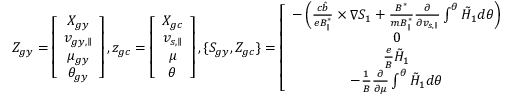
Z _ { g y } = \left[ \begin{array} { c } { X _ { g y } } \\ { v _ { g y , \parallel } } \\ { \mu _ { g y } } \\ { \theta _ { g y } } \end{array} \right] , z _ { g c } = \left[ \begin{array} { c } { X _ { g c } } \\ { v _ { s , \parallel } } \\ { \mu } \\ { \theta } \end{array} \right] , \{ S _ { g y } , Z _ { g c } \} = \left[ \begin{array} { c } { - \left( \frac { c \hat { b } } { e B _ { \parallel } ^ { * } } \times \nabla S _ { 1 } + \frac { B ^ { * } } { m B _ { \parallel } ^ { * } } \frac { \partial } { \partial v _ { s , \parallel } } \int ^ { \theta } \tilde { H } _ { 1 } d \theta \right) } \\ { 0 } \\ { \frac { e } { B } \tilde { H } _ { 1 } } \\ { - \frac { 1 } { B } \frac { \partial } { \partial \mu } \int ^ { \theta } \tilde { H } _ { 1 } d \theta } \end{array} \right] .